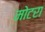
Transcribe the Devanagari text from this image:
मोटरा